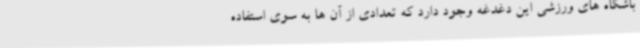
باشگاه های ورزشی این دغدغه وجود دارد که تعدادی از آن ها به سوی استفاده